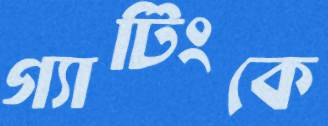
গ্যাটিংকে